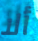
ألا